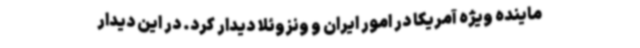
ماینده ویژه آمریکا در امور ایران و ونزوئلا دیدار کرد. در این دیدار